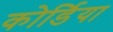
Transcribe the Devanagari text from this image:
कोर्डिया